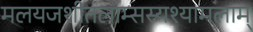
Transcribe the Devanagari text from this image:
मलयजशीतलाम्सस्यश्यामलाम्